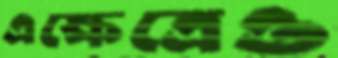
এক্ষেত্রেও